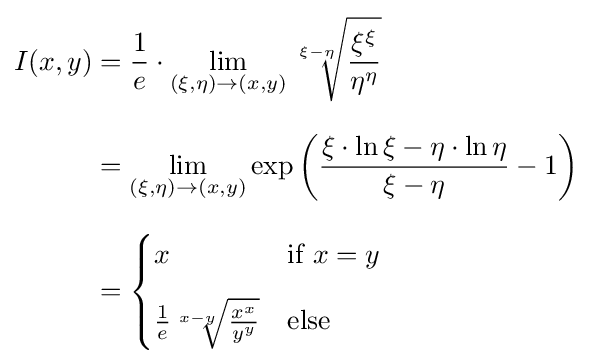
{\begin{aligned}I(x,y)&={\frac {1}{e}}\cdot \lim _{(\xi ,\eta )\to (x,y)}{\sqrt[{\xi -\eta }]{\frac {\xi ^{\xi }}{\eta ^{\eta }}}}\\[8pt]&=\lim _{(\xi ,\eta )\to (x,y)}\exp \left({\frac {\xi \cdot \ln \xi -\eta \cdot \ln \eta }{\xi -\eta }}-1\right)\\[8pt]&={\begin{cases}x&{\text{if }}x=y\\[8pt]{\frac {1}{e}}{\sqrt[{x-y}]{\frac {x^{x}}{y^{y}}}}&{\text{else}}\end{cases}}\end{aligned}}